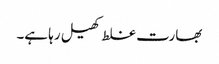
بھارت غلط کھیل رہا ہے۔